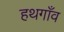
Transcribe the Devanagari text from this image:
हथगाँव